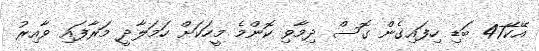
އޭކޭ47 ބަޑި ހިފައިގެން ގޮސް ދިމާވި ކޮންމެ މީހަކަށް ހަމަލާދީ މަރާފައި ވާއިރު